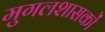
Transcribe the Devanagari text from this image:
मुगलशासकों